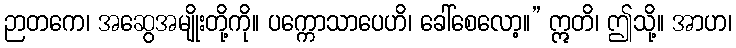
ဉာတကေ၊ အဆွေအမျိုးတို့ကို။ ပက္ကောသာပေဟိ၊ ခေါ်စေလော့။” ဣတိ၊ ဤသို့။ အာဟ၊